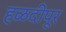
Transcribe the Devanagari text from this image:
हळदीपूर